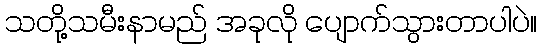
သတို့သမီးနာမည် အခုလို ပျောက်သွားတာပါပဲ။